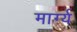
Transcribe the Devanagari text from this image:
मार्ग्य